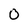
Character: 0